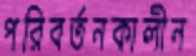
পরিবর্তনকালীন